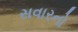
સવારનો